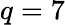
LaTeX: q=7